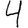
Digit: 4